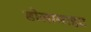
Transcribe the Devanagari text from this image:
डोलामाइट